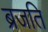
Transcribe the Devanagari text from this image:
ब्रजति